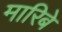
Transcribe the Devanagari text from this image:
मारिबे